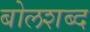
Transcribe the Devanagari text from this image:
बोलशब्द